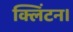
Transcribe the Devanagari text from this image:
क्लिंटन।